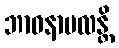
ဘာဝနာဗလန္တိ